Annual statistical returns and brief notes on vaccination in Bengal - 1887-1898
Year: 1887
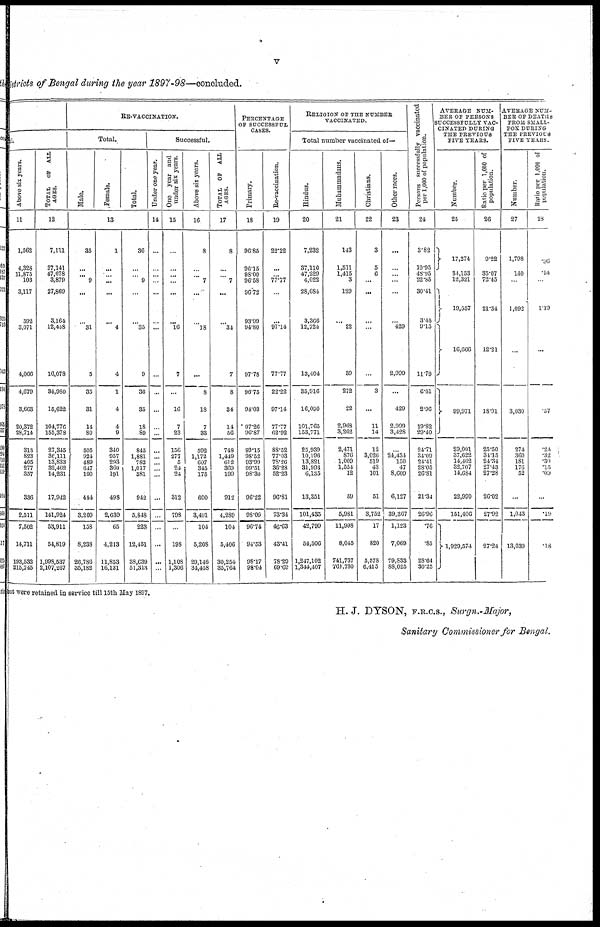
v
Districts of Bengal during the year 1897-98—concluded.
ful.
Above six years.
11
1,562
4,328
11,875
103
3,117
592
3,071
4,066
4,679
3,663
20,372
28,714
313
823
405
277
357
336
2,511
7,502
14,711
193,532
215,745
TOTAL
OF ALL
AGES.
12
7,111
37,141
47,678
3,879
27,869
3,164
12,458
16,078
34,980
15,622
104,770
155,378
27,345
36,111
13,833
32,462
14,231
17,942
141,924
53,911
54,819
1,998,537
2,107,267
RE-VACCINATION.
Total.
Male.
Female.
Total.
13
35
...
...
9
...
...
31
5
35
31
14
80
505
924
489
647
190
444
3,209
158
8,238
26,786
35,182
1
...
...
...
...
...
4
4
1
4
4
9
340
957
293
360
191
498
2,639
65
4,213
11,853
16,131
36
...
...
9
...
...
35
9
36
35
18
89
845
1,881
782
1,017
381
942
5,848
223
12,451
38,639
51,313
Successful.
Under one year.
14
...
...
...
...
...
...
...
...
...
...
...
...
...
...
...
...
...
...
...
...
...
...
...
One year and
under six years.
15
...
...
...
...
...
...
16
7
...
16
7
23
156
277
5
24
24
312
798
...
198
1,108
1,306
Above six years.
16
8
...
...
7
...
...
18
...
8
18
7
33
592
1,172
607
345
175
600
3,491
104
5,208
29,146
34,458
TOTAL OF ALL
AGES.
17
8
...
...
7
...
...
34
7
8
34
14
56
748
1,449
612
369
199
912
4,289
104
5,406
30,254
35,764
PERCENTAGE
OF SUCCESSFUL
CASES.
Primary.
18
96.85
96.15
98.00
96.58
96.72
93.99
94.80
97.78
96.75
94.03
97.26
96.87
99.15
98.52
93.99
99.51
98.30
96.22
98.09
96.74
94.53
98.17
98.04
Re-vaccination.
19
22.22
...
...
77.77
...
...
97.14
77.77
22.22
97.14
77.77
62.92
88.52
77.03
78.26
36.28
52.23
96.81
73.34
46.63
43.41
78.29
69.69
RELIGION OF THE NUMBER
VACCINATED.
Total number vaccinated of—
Hindus.
20
7,232
37,110
47,229
4,022
28,684
3,366
12,724
13,404
35,916
16,090
101,765
153,771
25,939
10,196
13,821
31,993
6,135
13,351
101,435
42,799
54,506
1,247,102
1,344,407
Muhammadans.
21
143
1,511
1,415
3
129
...
22
39
272
22
2,968
3,262
2,471
876
1,009
1,554
12
59
5,981
11,998
8,045
741,737
761,780
Christians.
22
3
5
6
...
...
...
...
...
3
...
11
14
12
3,026
519
43
101
51
3,752
17
820
5,578
6,415
Other races.
23
...
...
...
...
...
...
429
2,999
...
429
2,909
3,428
...
24,434
150
47
8,609
6,127
39,367
1,123
7,069
79,833
88,025
Persons successfully vaccinated
per 1,000 of population.
24
3.82
19.95
48.95
22.85
30.41
3.45
9.15
11.79
6.61
2.96
19.82
29.40
24.71 34.09 24.41
28.05
26.81
21.34
26.96
.76
.85
28.64
30.25
AVERAGE NUM-
BER OF PERSONS
SUCCESSFULLY
CINATED DURING
THE PREVIOUS
Number.
25
17,274
34,153
12,321
19,557
16,666
99,971
29,001
37,622
14,402
32,707
14,684
22,990
151,406
1,929,574
Ratio per 1,000 of
population.
26
9.22
35.07
72.45
21.34
12.21
18.91
25.50
34.15
24.34
27.43
27.28
26.02
27.92
27.24
AVERAGE NUM-
BER OF DEATHS
F
POX DURING
THE
Number.
27
1,798
140
...
1,092
...
3,030
274
360
181
176
52
...
1,043
13,039
Ratio per 1,000 of
population.
28
.96
.14
...
1.19
...
.57
.24
.32
.30
.15
.09
...
.19
.18
but were retained in service till 15th May 1897.
H. J. DYSON, F.R.C.S., Surgn.-Major,
Sanitary Commissioner for Bengal.